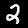
Digit: 2